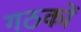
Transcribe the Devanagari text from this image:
गठकों